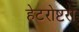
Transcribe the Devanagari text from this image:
हेटरोष्टरा